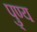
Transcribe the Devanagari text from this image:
पु्ण्य